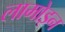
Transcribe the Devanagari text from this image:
लामोइन